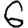
Digit: 6